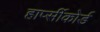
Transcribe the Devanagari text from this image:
हार्प्सीकोर्ड